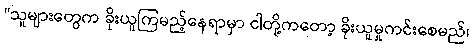
“သူများတွေက ခိုးယူကြမည့်နေရာမှာ ငါတို့ကတော့ ခိုးယူမှုကင်းစေမည်၊